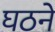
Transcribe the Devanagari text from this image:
घठने